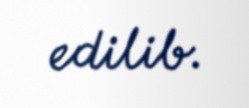
edilib.